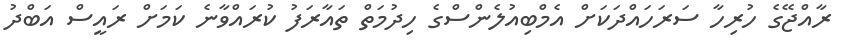
ރާއްޖޭގެ ހުރިހާ ސަރަހައްދަކަށް އެމްބިއުލެންސްގެ ހިދުމަތް ތައާރަފު ކުރައްވާނެ ކަމަށް ރައީސް އަބްދު